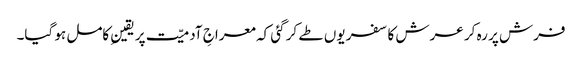
فرش پر رہ کر عرش کا سفر یوں طے کر گئی کہ معراجِ آدمیّت پر یقینِ کامل ہو گیا۔